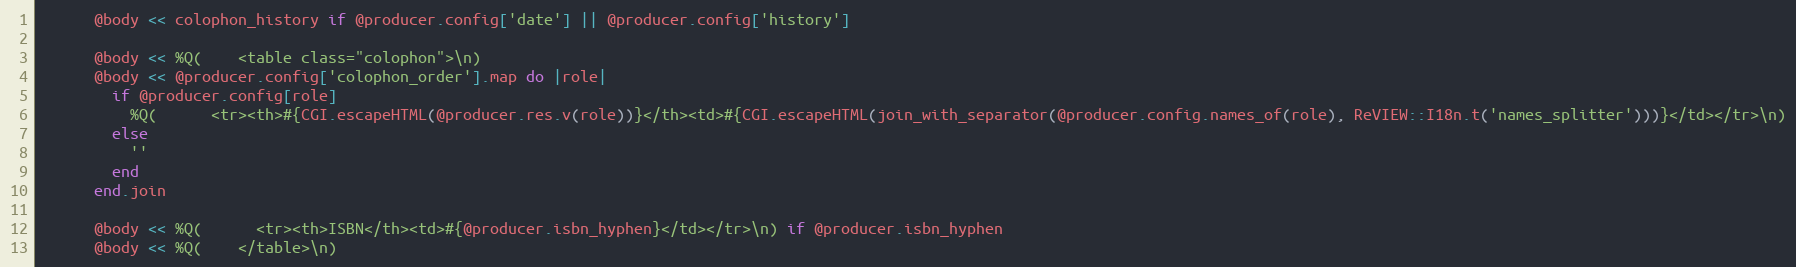
Language: Ruby
      @body << colophon_history if @producer.config['date'] || @producer.config['history']

      @body << %Q(    <table class="colophon">\n)
      @body << @producer.config['colophon_order'].map do |role|
        if @producer.config[role]
          %Q(      <tr><th>#{CGI.escapeHTML(@producer.res.v(role))}</th><td>#{CGI.escapeHTML(join_with_separator(@producer.config.names_of(role), ReVIEW::I18n.t('names_splitter')))}</td></tr>\n)
        else
          ''
        end
      end.join

      @body << %Q(      <tr><th>ISBN</th><td>#{@producer.isbn_hyphen}</td></tr>\n) if @producer.isbn_hyphen
      @body << %Q(    </table>\n)